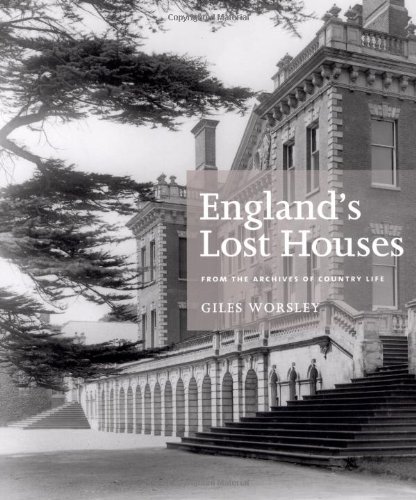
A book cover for England's Lost Houses: From the Archives of Country Life; Giles Worsley; Arts & Photography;